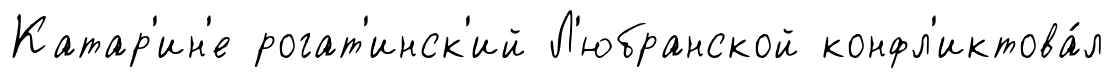
Катар'ин'е рогат'инск'ий Л'юбранской конфл'иктова́л